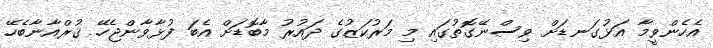
އެހެންވީމާ އަޅުގަނޑަށް ވިސްނޭގޮތުގައި މި މަރުކަޒުގެ ދައުރު މާބޮޑަށް އެބަ ފުޅާވާންޖެހޭ. ޤުރްއާނާބެހޭ